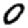
Digit: 0